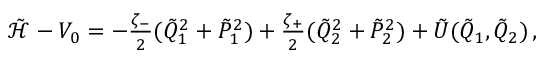
\begin{array} { r } { \tilde { { \mathcal { H } } } - V _ { 0 } = - \frac { \zeta _ { - } } { 2 } ( \tilde { Q } _ { 1 } ^ { 2 } + \tilde { P } _ { 1 } ^ { 2 } ) + \frac { \zeta _ { + } } { 2 } ( \tilde { Q } _ { 2 } ^ { 2 } + \tilde { P } _ { 2 } ^ { 2 } ) + \tilde { U } ( \tilde { Q } _ { 1 } , \tilde { Q } _ { 2 } ) \, , } \end{array}